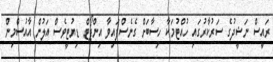
ރައީސް ނަޝީދުގެ ސަރުކާރުގައި ހުއްޓުމަކާ ހިސާބަށް ގެނެސްފައިވާ އިންޕޯޓް ޑިޔުޓީވެސް އަލުން އާއުސްމިން